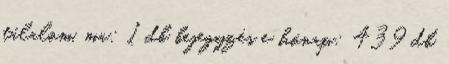
tálalom. ma: 1 db bejegyzés e hónap: 439 db